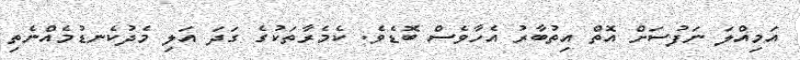
އަމިއްލަ ނަފުސަށް އޮތް އިތުބާރު އެހާވެސް ބޮޑެވެ. ކެމެރާތަކުގެ ގަދަ އަލި މެދުކެނޑުމެއްނެތި